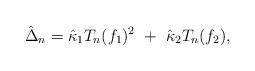
LaTeX: \begin{align*} \hat\Delta_n = \hat\kappa_{1} T_n(f_1)^2 \ + \ \hat\kappa_{2} T_n(f_2),\end{align*}